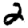
Digit: 2